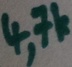
Text: 4,7k